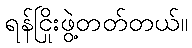
ရန်ငြိုးဖွဲ့တတ်တယ်။